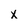
Character: x